Annual report of the Imperial Bacteriologist
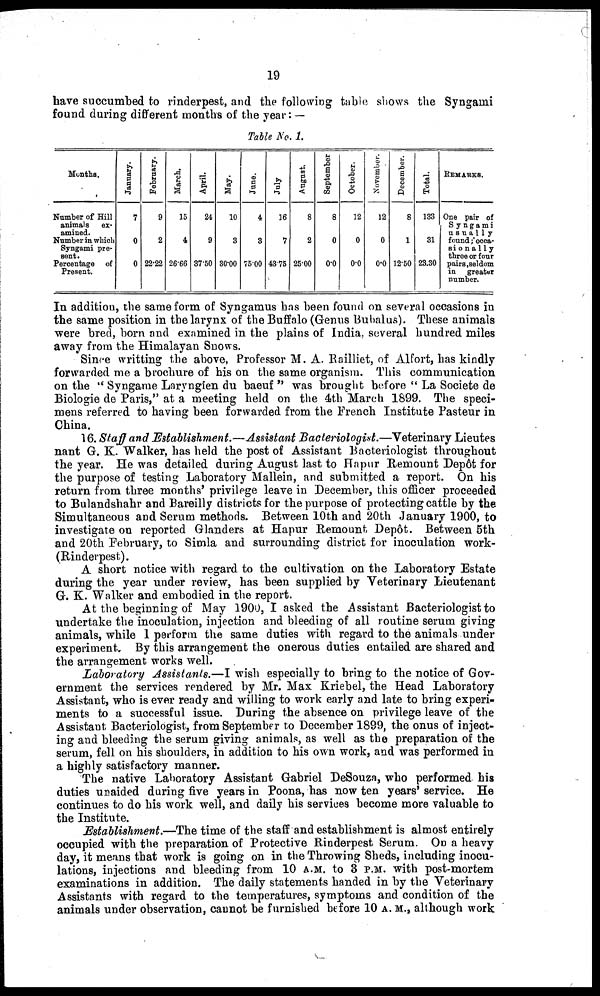
19
have succumbed to rinderpest, and the following table shows the Syngami
found during different months of the year :—
Table No. 1.
Months.
Number of Hill
animals ex-
amined.
Number in which
Syngami pre-
sent.
Percentage of
Present.
January.
7
0
0
February.
9
2
22.22
March.
15
4
26.66
April.
24
9
37.50
May.
10
3
30.00
June.
4
3
75.00
July
16
7
43.75
August.
8
2
25.00
September
8
0
0.0
October.
12
0
0.0
November.
12
0
0.0
December.
8
1
12.50
Total.
133
31
23.30
REMARKS.
One pair of
Syngami
usually
found ; occa-
sionally
three or four
pairs , seldom
in greater
number.
In addition, the same form of Syngamus has been found on several occasions in
the same position in the larynx of the Buffalo (Genus Bubalus). These animals
were bred, born and examined in the plains of India, several hundred miles
away from the Himalayan Snows.
Since writting the above, Professor M. A. Railliet, of Alfort, has kindly
forwarded me a brochure of his on the same organism. This communication
on the "Syngame Laryngien du baeuf " was brought before " La Societe de
Biologie de Paris," at a meeting held on the 4th March 1899. The speci-
mens referred to having been forwarded from the French Institute Pasteur in
China.
16. Staff and Establishment.—Assistant Bacteriologist.—Veterinary Lieutes
nant G. K. Walker, has held the post of Assistant Bacteriologist throughout
the year. He was detailed during August last to Hapur Remount Depôt for
the purpose of testing Laboratory Mallein, and submitted a report. On his
return from three months' privilege leave in December, this officer proceeded
to Bulandshahr and Bareilly districts for the purpose of protecting cattle by the
Simultaneous and Serum methods. Between 10th and 20th January 1900, to
investigate on reported Glanders at Hapur Remount Depôt. Between 5th
and 20th February, to Simla and surrounding district for inoculation work-
(Rinderpest).
A short notice with regard to the cultivation on the Laboratory Estate
during the year under review, has been supplied by Veterinary Lieutenant
G. K. Walker and embodied in the report.
At the beginning of May 1900, I asked the Assistant Bacteriologist to
undertake the inoculation, injection and bleeding of all routine serum giving
animals, while 1 perform the same duties with regard to the animals under
experiment. By this arrangement the onerous duties entailed are shared and
the arrangement works well.
Laboratory Assistants.—I wish especially to bring to the notice of Gov-
ernment the services rendered by Mr. Max Kriebel, the Head Laboratory
Assistant, who is ever ready and willing to work early and late to bring experi-
ments to a successful issue. During the absence on privilege leave of the
Assistant Bacteriologist, from September to December 1899, the onus of inject-
ing and bleeding the serum giving animals, as well as the preparation of the
serum, fell on his shoulders, in addition to his own work, and was performed in
a highly satisfactory manner.
The native Laboratory Assistant Gabriel DeSouza, who performed his
duties unaided during five years in Poona, has now ten years' service. He
continues to do his work well, and daily his services become more valuable to
the Institute.
Establishment.—The time of the staff and establishment is almost entirely
occupied with the preparation of Protective Rinderpest Serum. On a heavy
day, it means that work is going on in the Throwing Sheds, including inocu-
lations, injections and bleeding from 10 A.M. to 3 P.M. with post-mortem
examinations in addition. The daily statements handed in by the Veterinary
Assistants with regard to the temperatures, symptoms and condition of the
animals under observation, cannot be furnished before 10 A.M., although work